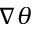
\nabla \theta